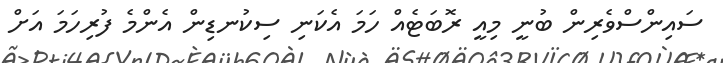
ސައިންސްވެރިން ބުނީ މިއީ ރޮބަޓެއް ހަމަ އެކަނި ސިކުނޑިން އެންމެ ފުރިހަމަ އަށް